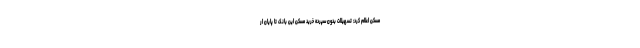
مسکن اعلام کرد: تسهیلات بدون سپرده خرید مسکن این بانک تا پایان ار